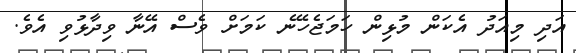
އަދި މިއަދު އެކަން މުޅިން ހަމަޖެހޭނެ ކަމަށް ވެސް އޭނާ ވިދާޅުވި އެވެ.